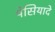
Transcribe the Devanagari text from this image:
पेसियादे